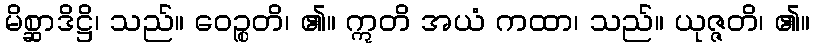
မိစ္ဆာဒိဋ္ဌိ၊ သည်။ ဝေဉ္စတိ၊ ၏။ ဣတိ အယံ ကထာ၊ သည်။ ယုဇ္ဇတိ၊ ၏။